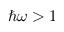
\hbar \omega > 1